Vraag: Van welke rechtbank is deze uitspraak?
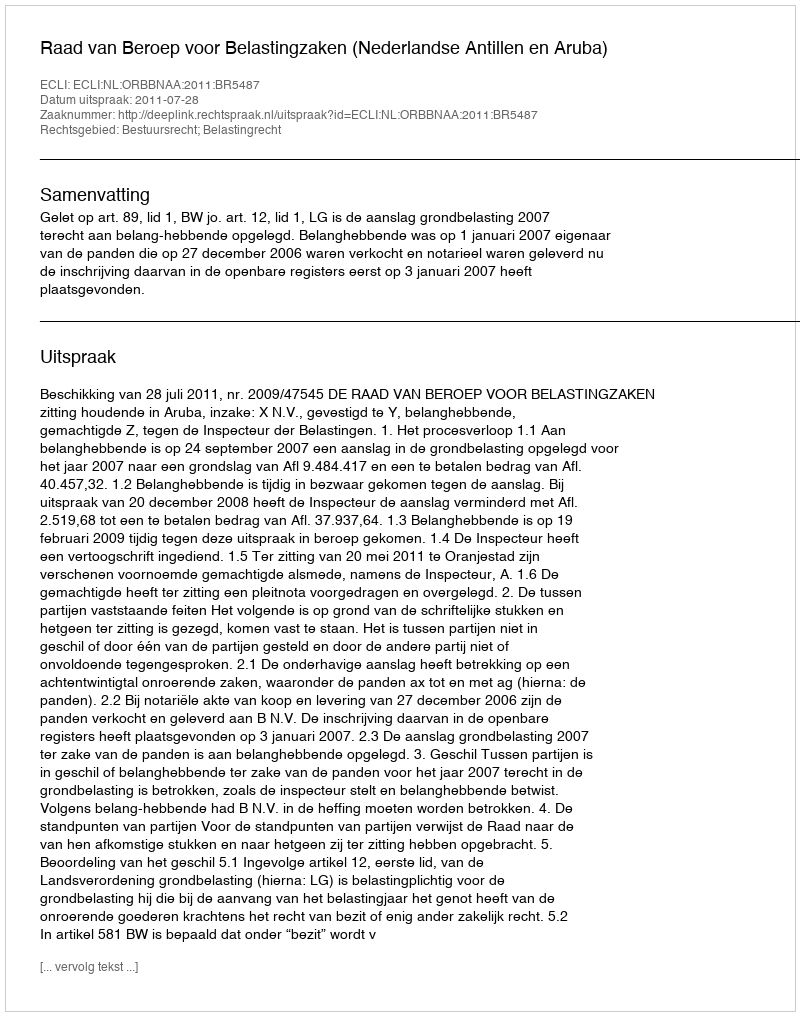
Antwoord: Raad van Beroep voor Belastingzaken (Nederlandse Antillen en Aruba)